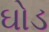
ઘોડ